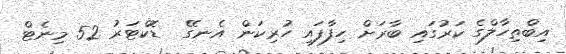
އިބްތިހާލްގެ ކަރުގައި ބާރަށް ހިފާފައި ހުރިކަން އެނގޭ  ޑޮކްޓަރު 52 މިނެޓް